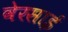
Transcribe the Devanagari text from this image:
वेरसाई